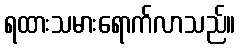
ရထားသမားရောက်လာသည်။